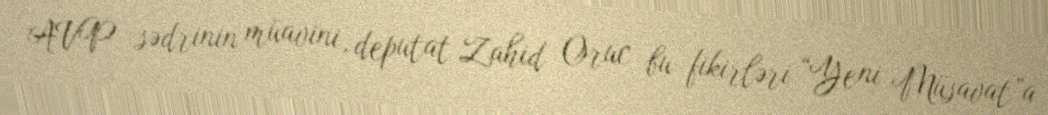
AVP sədrinin müavini, deputat Zahid Oruc bu fikirləri “Yeni Müsavat”a